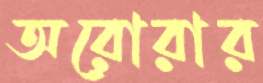
অরোরার